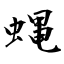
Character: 蝿